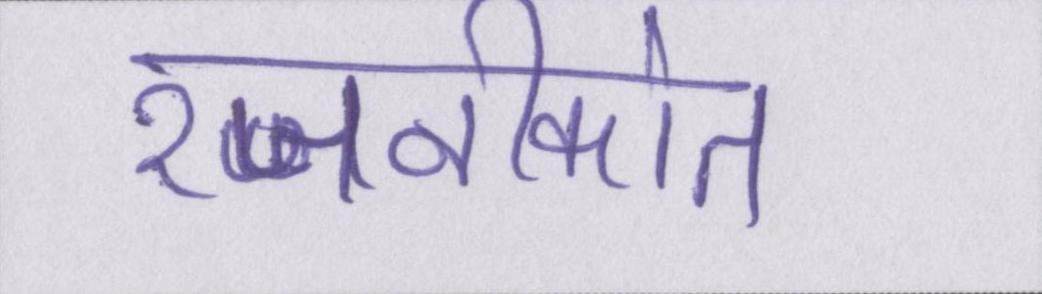
रजनीकांत